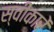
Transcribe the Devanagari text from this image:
स्वीकारें